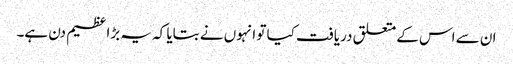
ان سے اس کے متعلق دریافت کیا تو انہوں نے بتایا کہ یہ بڑا عظیم دن ہے۔